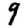
Digit: 9